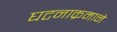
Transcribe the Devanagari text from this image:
घटनाक्रमाने